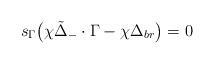
\begin{align*}s_{\Gamma} \bigl(\chi {\tilde \Delta}_- \cdot \Gamma -\chi \Delta_{br}\bigr)= 0\end{align*}